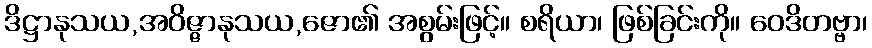
ဒိဋ္ဌာနုသယ,အဝိဇ္ဇာနုသယ,ဇော၏ အစွမ်းဖြင့်။ စရိယာ၊ ဖြစ်ခြင်းကို။ ဝေဒိတဗ္ဗာ၊